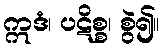
ဣဒံ၊ ပဋိစ္စ၊ စွဲ၍။